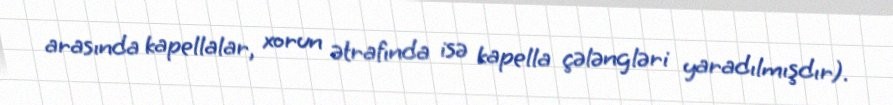
arasında kapellalar, xorun ətrafında isə kapella çələngləri yaradılmışdır).